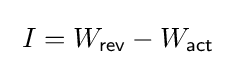
\;I=W_{\mathsf {rev}}-W_{\mathsf {act}}~